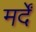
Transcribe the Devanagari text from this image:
मर्दें